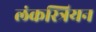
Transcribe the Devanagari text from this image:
लंकस्त्रियन